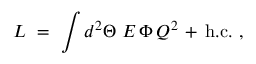
{ \cal L } \ = \ \int d ^ { 2 } \Theta \ { \cal E } \, \Phi \, Q ^ { 2 } \, + \, \mathrm { h . c . } ~ ,